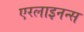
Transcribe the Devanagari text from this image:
एरलाइनन्स